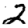
Digit: 2